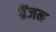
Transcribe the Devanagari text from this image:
ग्रैंजन